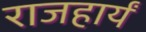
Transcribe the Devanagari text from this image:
राजहार्यं